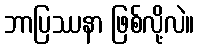
ဘာပြဿနာ ဖြစ်လို့လဲ။